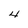
Character: 4